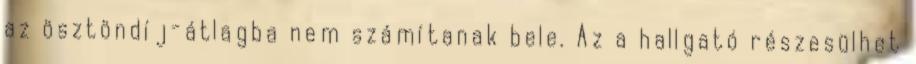
az ösztöndíj-átlagba nem számítanak bele. Az a hallgató részesülhet